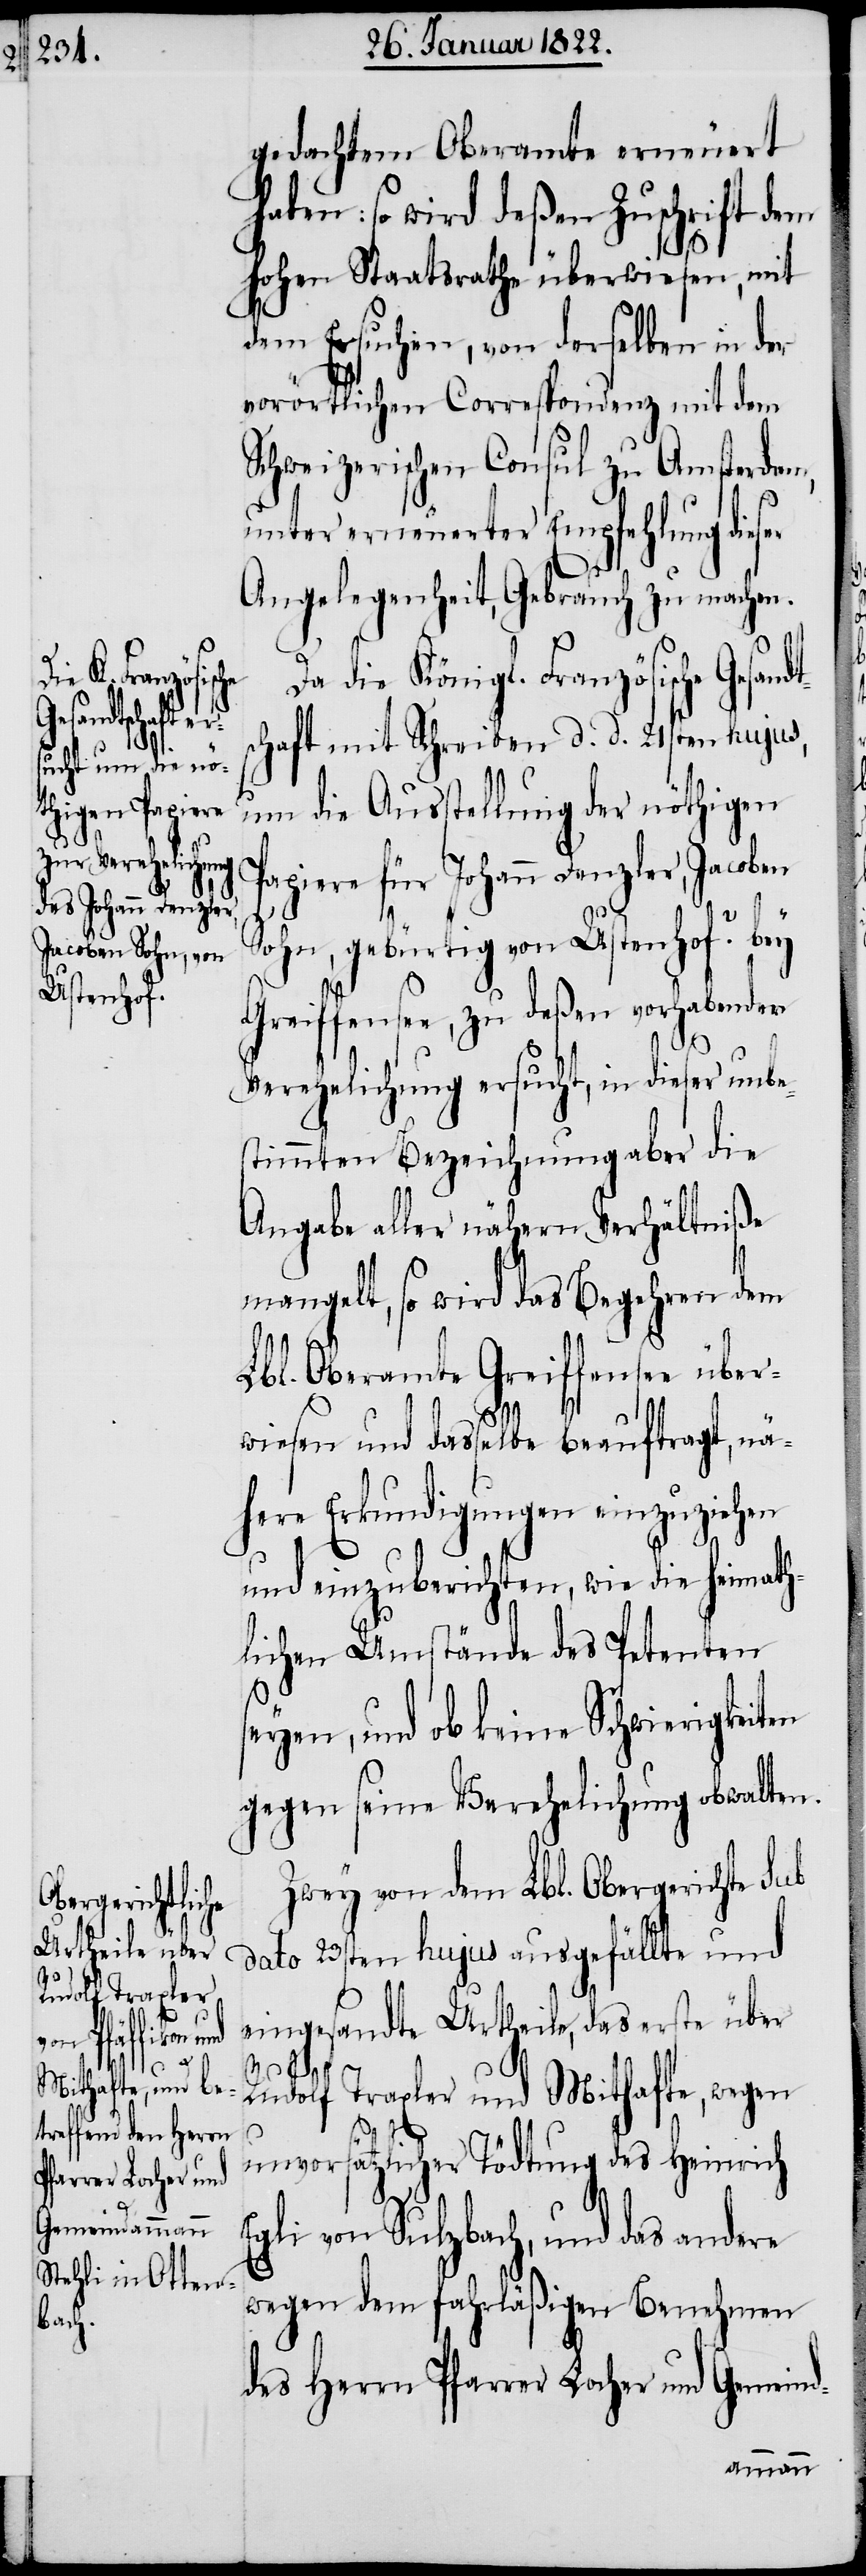
gedachtem Oberamte erneuert
haben: so wird deßen Zuschrift dem
Hohen Staatsrathe überwiesen, mit
dem Ersuchen, von derselben in der
vorörtlichen Correspondenz mit dem
Schweizerischen Consul zu Amsterdam,
unter erneuerter Empfehlung dieser
Angelegenheit, Gebrauch zu machen.
Da die Königl. Französische Gesand¬
schaft mit Schreiben d. d. 21sten hujus,
um die Ausstellung der nöthigen
Papiere für Johann Denzler, Jacoben
Sohn, gebürtig von Ustenhof? bey
Greiffensee, zu deßen vorhabender
s¬
Verehelichung ersucht, in dieser unbe¬
stimmten Bezeichnung aber die
Angabe aller nähern Verhältniße
magelt, so wird das Begehren dem
Lbl. Oberamte Greiffensee über¬
wiesen und dasselbe beauftragt, nä¬
here Erkundigungen einzuziehen
und einzuberichten, wie die heimath¬
lichen Umstände des Petenten
eyen, und ob keine Schwierigkeiten
gegen seine Verehelichung obwalten.
Zwey von dem Lbl. Obergerichte sub
dato 23sten hujus ausgefällte und
eingesandte Urtheile, das erste über
Rudolf Traxler und Mithafte, wegen
unvorsätzlicher Tödtung des Heinrich
Egli von Sulzbach, und das andere
wegen dem fahrläßigen Benehmen
des Herrn Pfarrer Locher und Gemeind-